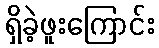
ရှိခဲ့ဖူးကြောင်း